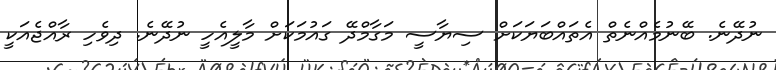
ނުދޭނެ. ބޭނުމެއްނެތް އެތައްބަޔަކަށް ސިޔާސީ މަގާމްދޭ ގައުމަކަށް މާލީއެހީ ނުދޭނެ. ދިވެހި ރާއްޖެއަކީ